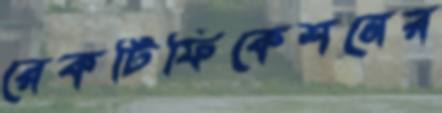
রেকটিফিকেশনের